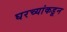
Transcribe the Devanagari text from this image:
घरच्यांकडून